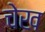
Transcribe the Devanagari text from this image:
चेख